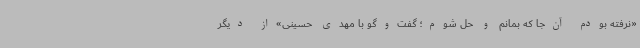
«نرفته بودم آن‌جا که بمانم و حل شوم؛ گفت‌وگو با مهدی حسینی»از دیگر